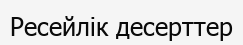
Ресейлік десерттер